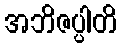
အဘိဇပ္ပါတိ